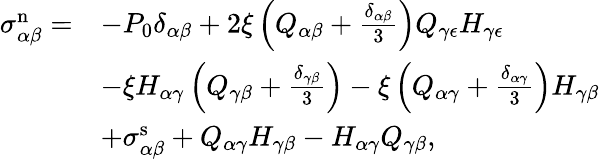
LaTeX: \begin{array}{rl}{\sigma_{\alpha\beta}^{\mathrm{n}}=}&{-P_{0}\delta_{\alpha\beta}+2\xi\left(Q_{\alpha\beta}+\frac{\delta_{\alpha\beta}}{3}\right)Q_{\gamma\epsilon}H_{\gamma\epsilon}}\\ &{-\xi H_{\alpha\gamma}\left(Q_{\gamma\beta}+\frac{\delta_{\gamma\beta}}{3}\right)-\xi\left(Q_{\alpha\gamma}+\frac{\delta_{\alpha\gamma}}{3}\right)H_{\gamma\beta}}\\ &{+\sigma_{\alpha\beta}^{\mathrm{s}}+Q_{\alpha\gamma}H_{\gamma\beta}-H_{\alpha\gamma}Q_{\gamma\beta},}\end{array}